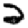
Digit: 2